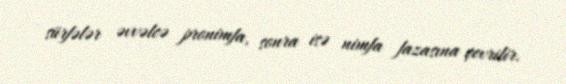
sürfələr əvvəlcə pronimfa, sonra isə nimfa fazasına çevrilir.